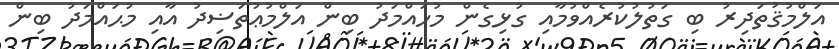
އަލްމުޤުތަދިރު ބި ގަތުލުކުރެއްވުމާއި ގުޅިގެން މުހައްމަދު ބިން އަލްމުޢުތަޟިދު އާއި މުޙައްމަދު ބިން